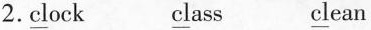
2.\underline{cl}ock \underline{cl}ass \underline{cl}ean